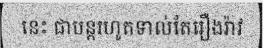
នេះ ជាបន្តរហូតទាល់តែរឿងរ៉ាវ